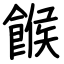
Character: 餱